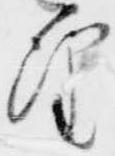
望